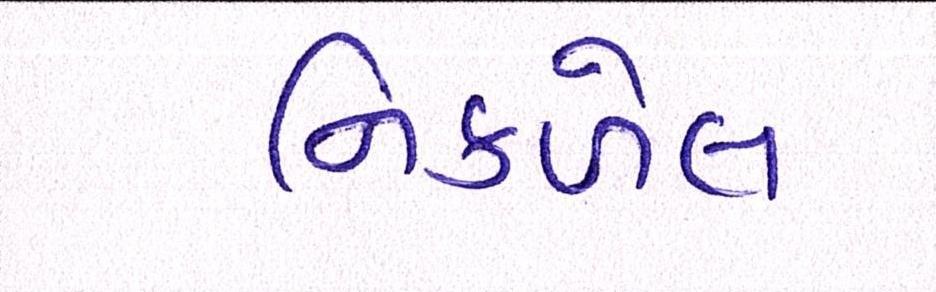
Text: નિકળેલ